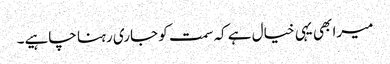
میرا بھی یہی خیال ہے کہ سمت کو جاری رہنا چاہیے۔